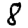
Digit: 8